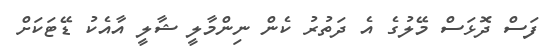
ފަސް ދޮޅަސް މޭލުގެ އެ ދަތުރު ކެން ނިންމާލީ ޝާލީ އާއެކު ޑޭޓަކަށް